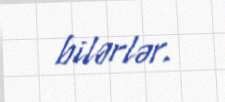
bilərlər.